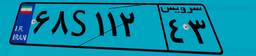
۶۸S۱۱۲۴۳